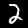
Label: 2